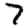
Digit: 7